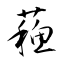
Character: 蘓